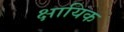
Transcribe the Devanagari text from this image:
क्षायिक